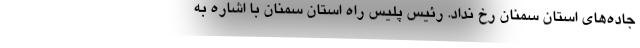
جاده‌های استان سمنان رخ نداد. رئیس پلیس راه استان سمنان با اشاره به